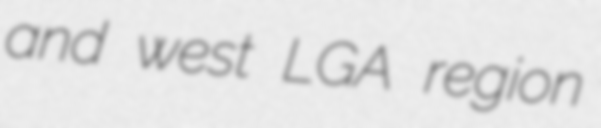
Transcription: and west LGA region